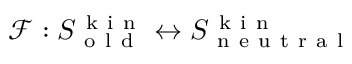
\mathcal { F } : S _ { \mathrm { ~ o ~ l ~ d ~ } } ^ { \mathrm { ~ k ~ i ~ n ~ } } \leftrightarrow S _ { \mathrm { ~ n ~ e ~ u ~ t ~ r ~ a ~ l ~ } } ^ { \mathrm { ~ k ~ i ~ n ~ } }